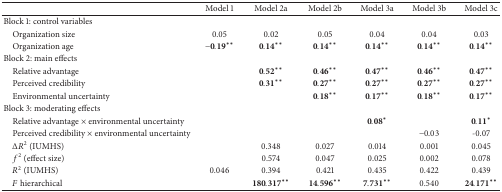
|  | Model 1 | Model 2a | Model 2b | Model 3a | Model 3b | Model 3c |
 | --- | --- | --- | --- | --- | --- | --- |
 | Block 1: control variables |  |  |  |  |  |  |
 | Organization size | 0.05 | 0.02 | 0.05 | 0.04 | 0.04 | 0.03 |
 | Organization age | −0.19∗∗ | 0.14∗∗ | 0.14∗∗ | 0.14∗∗ | 0.14∗∗ | 0.14∗∗ |
 | Block 2: main effects |  |  |  |  |  |  |
 | Relative advantage |  | 0.52∗∗ | 0.46∗∗ | 0.47∗∗ | 0.46∗∗ | 0.47∗∗ |
 | Perceived credibility |  | 0.31∗∗ | 0.27∗∗ | 0.27∗∗ | 0.27∗∗ | 0.27∗∗ |
 | Environmental uncertainty |  |  | 0.18∗∗ | 0.17∗∗ | 0.18∗∗ | 0.17∗∗ |
 | Block 3: moderating effects |  |  |  |  |  |  |
 | Relative advantage × environmental uncertainty |  |  |  | 0.08∗ |  | 0.11∗ |
 | Perceived credibility × environmental uncertainty |  |  |  |  | −0.03 | -0.07 |
 | ΔR2 (IUMHS) |  | 0.348 | 0.027 | 0.014 | 0.001 | 0.045 |
 | f2 (effect size) |  | 0.574 | 0.047 | 0.025 | 0.002 | 0.078 |
 | R2 (IUMHS) | 0.046 | 0.394 | 0.421 | 0.435 | 0.422 | 0.439 |
 | F hierarchical |  | 180.317∗∗ | 14.596∗∗ | 7.731∗∗ | 0.540 | 24.171∗∗ |